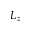
L _ { z }